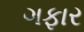
ગફાર